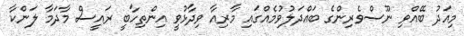
މިއަދު ބޭއްވި ނޫސްވެރިންގެ ބައްދަލުވުމެއްގައި މާރިއާ ވިދާޅުވީ އިންތިހާބީ ރައީސް މާދަމާ ލަންކާ